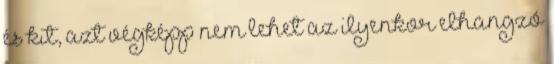
és kit, azt végképp nem lehet az ilyenkor elhangzó